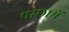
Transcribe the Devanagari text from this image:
परछामें